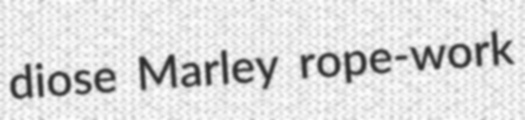
diose Marley rope-work